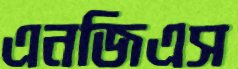
এনজিএস